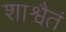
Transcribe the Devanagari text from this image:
शाश्वैतं